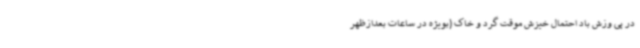
در پی وزش باد احتمال خیزش موقت گرد و خاک (بویژه در ساعات بعدازظهر